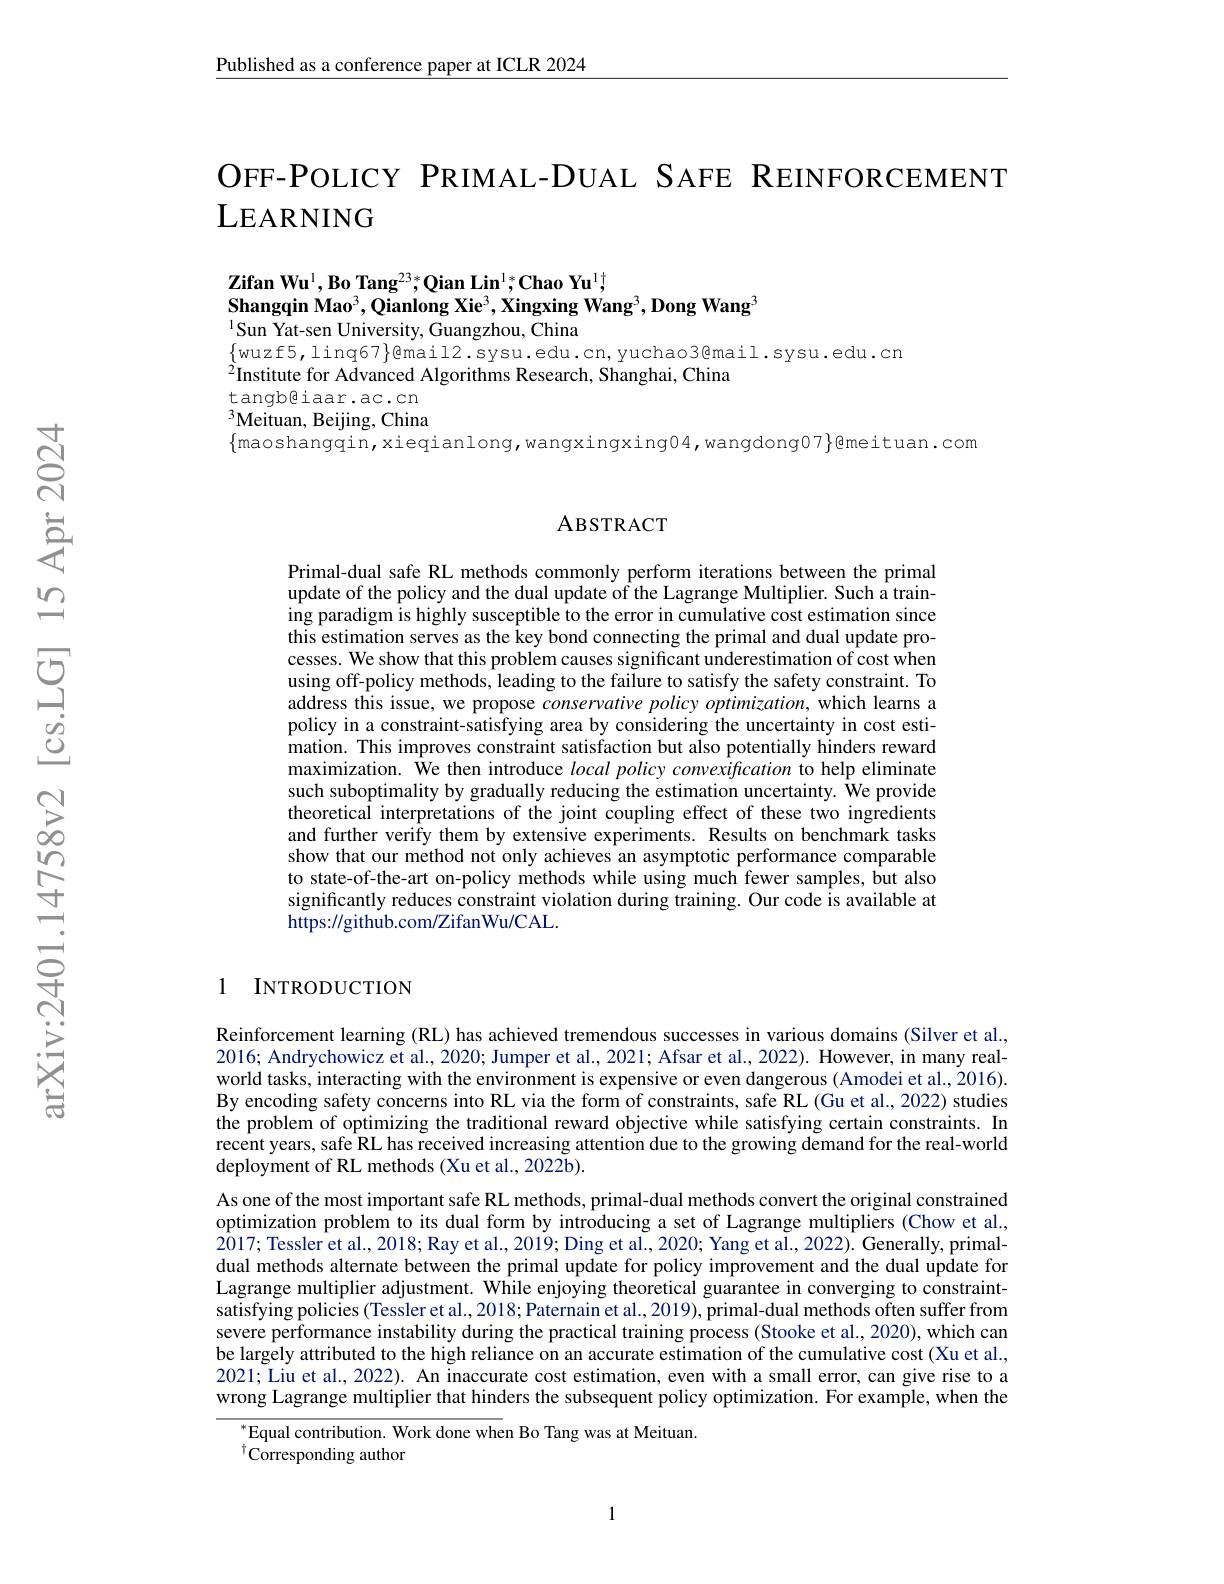
Published as a conference paper at ICLR 2024

OFF-POLICY PRIMAL-DUAL SAFE REINFORCEMENT
## LEARNING

$\textbf{Zifan Wu}^{1},\textbf{Bo Tang}^{23};\text{Qian Lin}^{1};\textbf{Chao Yu}^{1};$
Shangqin Mao$^3$,Qianlong Xie$^3$,Xingxing Wang$^3,\textbf{Dong Wang}^3$
$^{1}$Sun Yat-sen University, Guangzhou, China

$\{$wuzf5,linq67$\}$@mail2.sysu.edu.cn,yuchao3@mail.sysu.edu.cn
$^{\grave{2}}$Institute for Advanced Algorithms Research, Shanghai, China
tangb@iaar.ac.cn $^{3}$Meituan, Beijing, China $\{$maoshangqin, xieqianlong, wangxingxing04, wangdong07$\}$@meituan.com

### ABSTRACT

Primal-dual safe RL methods commonly perform iterations between the primal update of the policy and the dual update of the Lagrange Multiplier. Such a train- $\hat{\text{ing paradigm is highly susceptible to the error in cumulative cost estimation since}}$ this estimation serves as the key bond connecting the primal and dual update processes. We show that this problem causes significant underestimation of cost when using off-policy methods, leading to the failure to satisfy the safety constraint. To address this issue, we propose conservative policy optimization, which learns a policy in a constraint-satisfying area by considering the uncertainty in cost estimation. This improves constraint satisfaction but also potentially hinders reward maximization. $\hat{\text{We then introduce local policy convexification to help eliminate}}$ such suboptimality by gradually reducing the estimation uncertainty. $\hat{\text{We provide}}$ theoretical interpretations of the joint coupling effect of these two ingredients and further verify them by extensive experiments. Results on benchmark tasks show that our method not only achieves an asymptotic performance comparable to state-of-the-art on-policy methods while using much fewer samples, but also significantly reduces constraint violation during training. Our code is available at https://github.com/ZifanWu/CAL.

## 1 INTRODUCTION

Reinforcement learning (RL) has achieved tremendous successes in various domains (Silver et al., 2016; Andrychowicz et al., 2020; Jumper et al., 2021; Afsar et al., 2022). However, in many realworld tasks, interacting with the environment is expensive or even dangerous (Amodei et al., 2016). By encoding safety concerns into RL via the form of constraints, safe RL (Gu et al., 2022) studies the problem of optimizing the traditional reward objective while satisfying certain constraints. In recent years, safe RL has received increasing attention due to the growing demand for the real-world deployment of RL methods (Xu et al., 2022b).
As one of the most important safe RL methods, primal-dual methods convert the original constrained optimization problem to its dual form by introducing a set of Lagrange multipliers (Chow et al., $\hat{20}$17; Tessler et al., 2018; Ray et al., 2019; Ding et al., 2020; Yang et al., 2022). Generally, primaldual methods alternate between the primal update for policy improvement and the dual update for Lagrange multiplier adjustment. While enjoying theoretical guarantee in converging to constraintsatisfying policies (Tessler et al., 2018; Paternain et al., 2019), primal-dual methods often suffer from severe performance instability during the practical training process (Stooke et al., 2020), which can be largely attributed to the high reliance on an accurate estimation of the cumulative cost (Xu et al., 2021; Liu et al., 2022). An inaccurate cost estimation, even with a small error, can give rise to a wrong Lagrange multiplier that hinders the subsequent policy optimization. For example, when the
$^{*}$Equal contribution. Work done when Bo Tang was at Meituan.

$^{\dagger}$Corresponding author

1